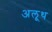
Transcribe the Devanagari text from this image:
अलूथ